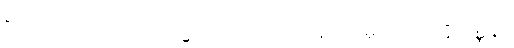
ရာဂပ္ပဘေဒါ လောကသ္မာ အကိလာသုနောတိ မူလပညတ္တိဝဏ္ဏနာ